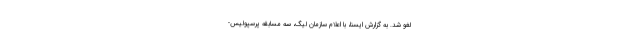
لغو شد. به گزارش ایسنا، با اعلام سازمان لیگ، سه مسابقه پرسپولیس-